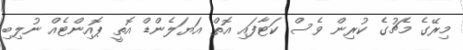
މިރޭގެ މެޗުގެ ކުރިން ވެސް ކަޓާފައި އޮތް އަޔަލެންޑް އޮތީ ޕޮއިންޓެއް ނުލިބި